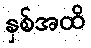
နှစ်အထိ